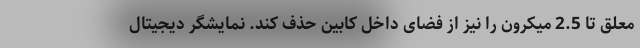
معلق تا 2.5 میکرون را نیز از فضای داخل کابین حذف کند. نمایشگر دیجیتال